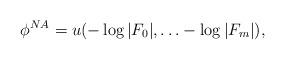
LaTeX: \begin{align*}\phi^{NA}= u( -\log |F_0|,\ldots -\log |F_m| ),\end{align*}